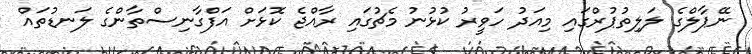
ނޭޕާލްގެ ލަލިތުޕުރްގައި މިއަދު ހަވީރު ކުޅުނު މެޗުގައި ރާއްޖެ ކޮޅަށް އަފްގާނިސްތާންގެ ލަނޑުތައް